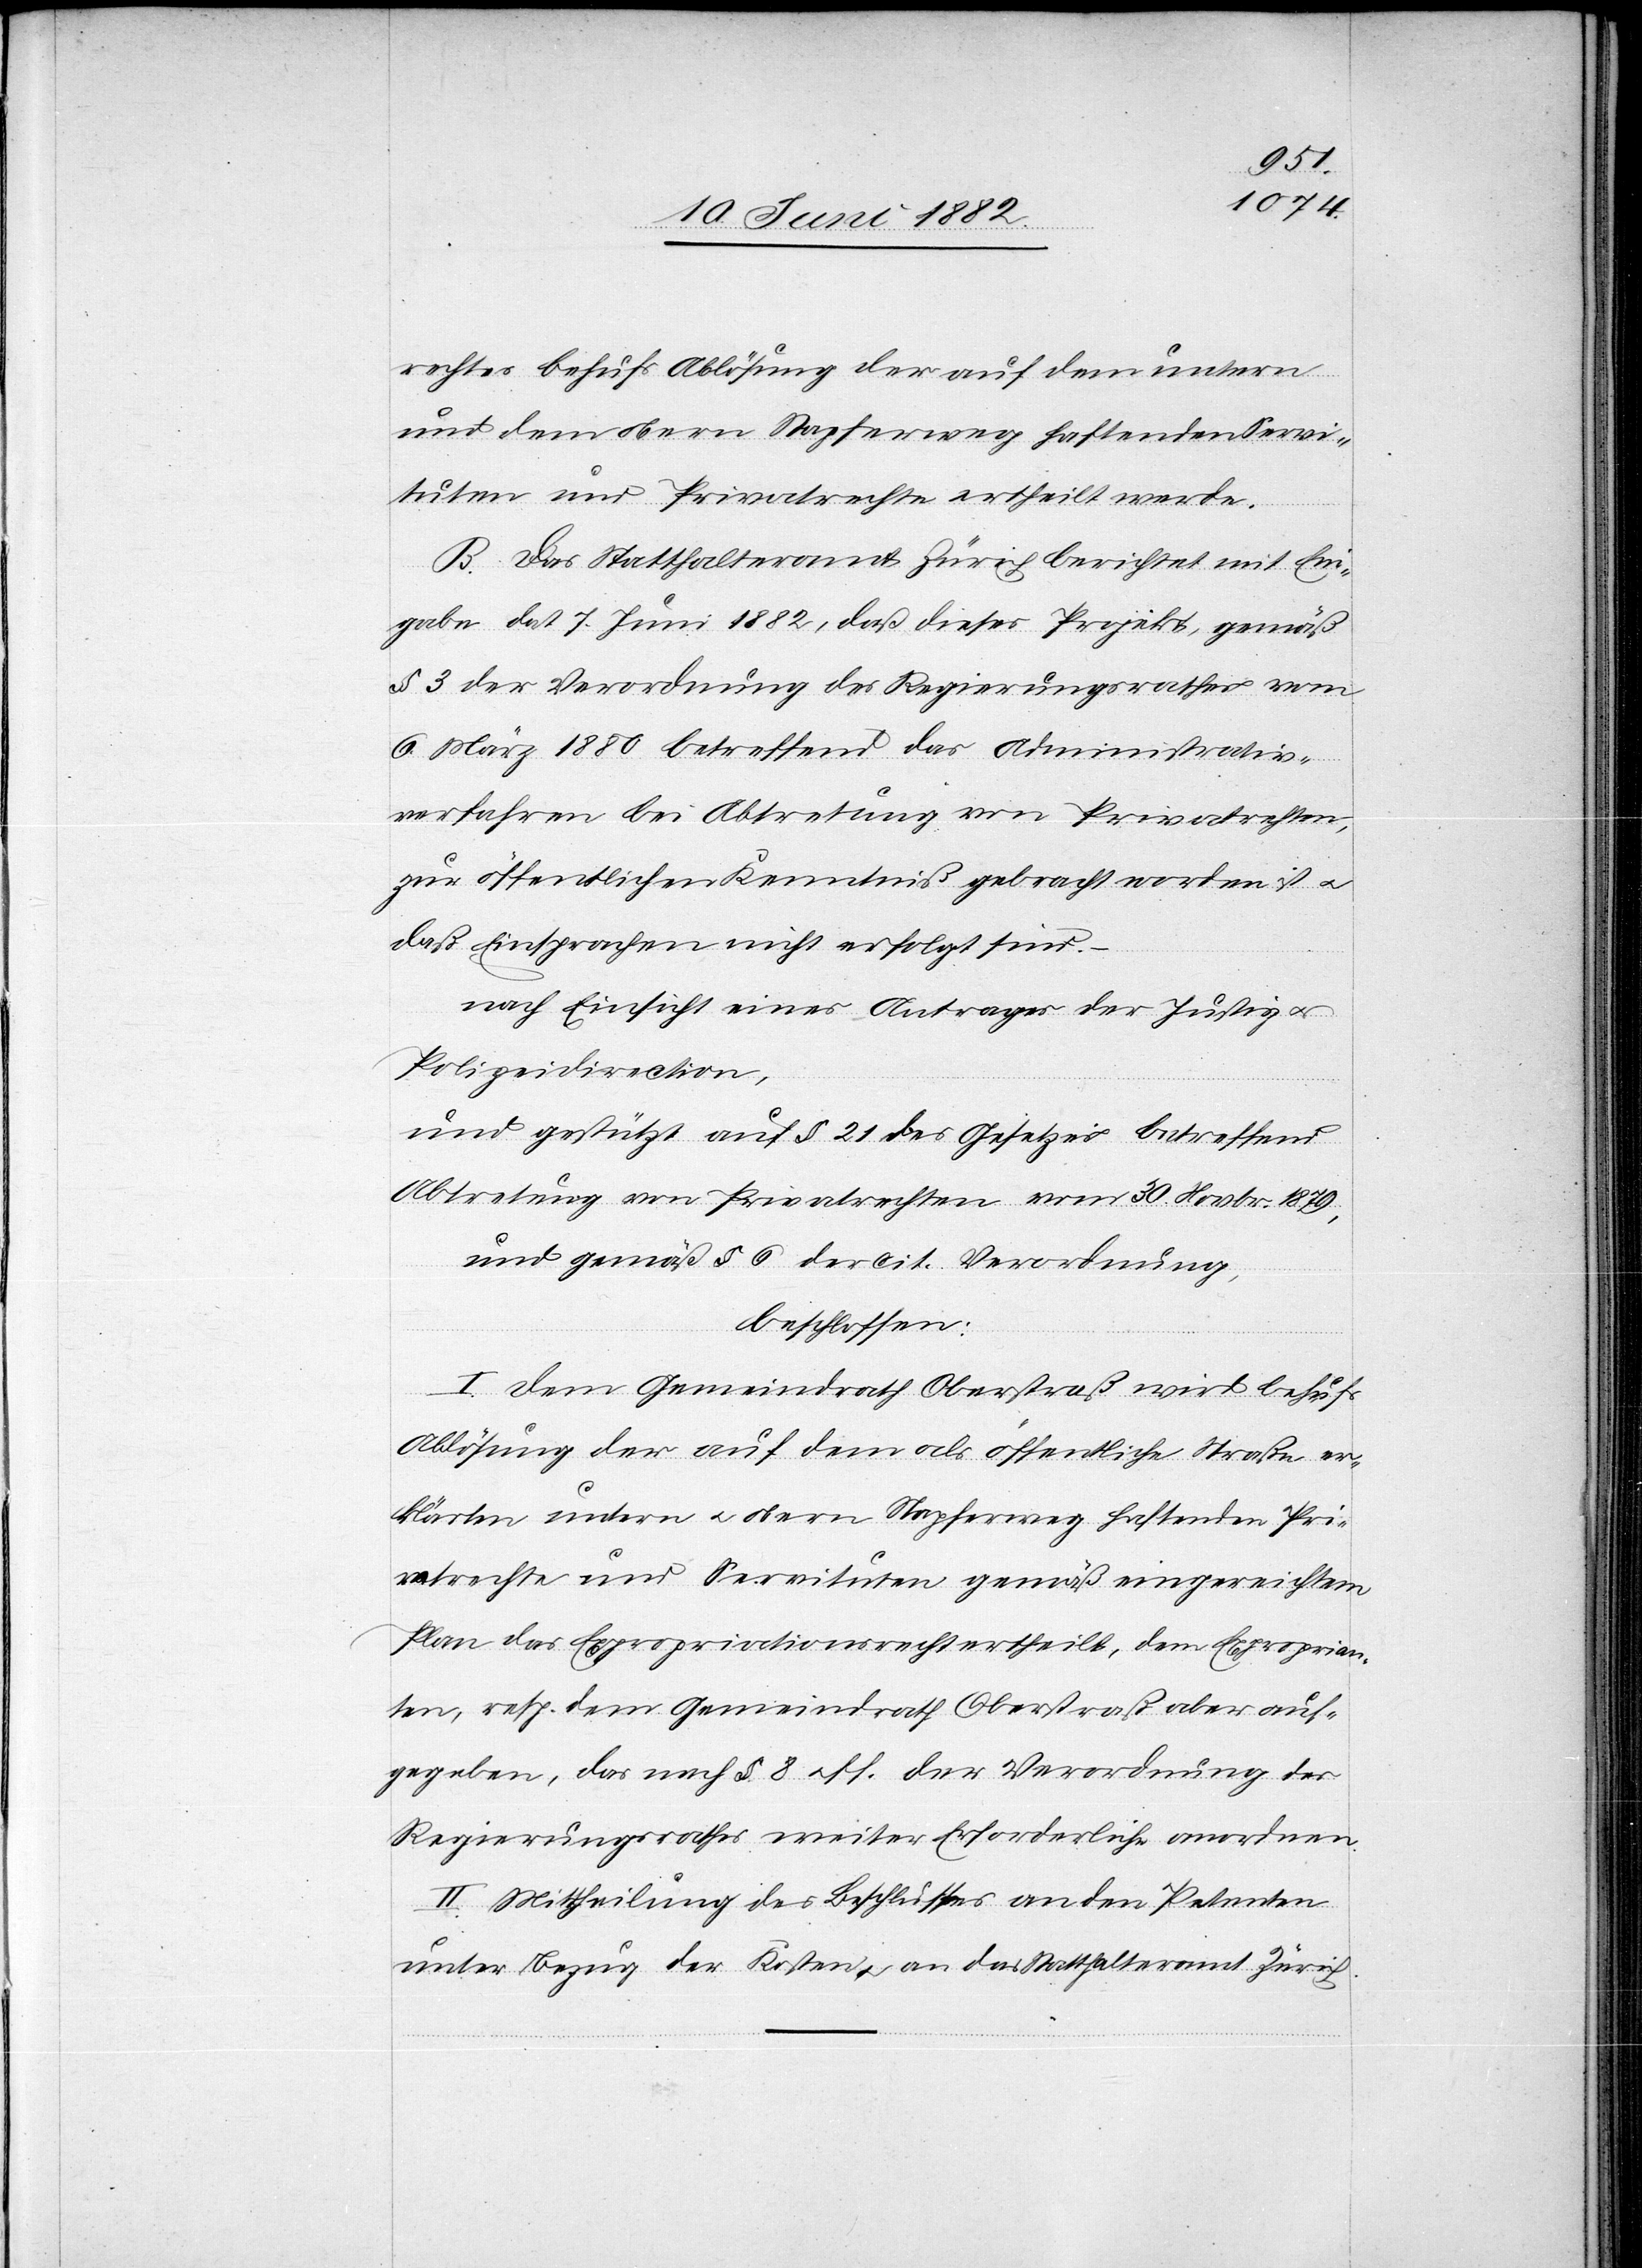
rechtes behufs Ablösung der auf dem untern
und dem obern Stapferweg haftenden Servi¬
tuten und Privatrechte ertheilt werde.
B. Das Statthalteramt Zürich berichtet mit Ein¬
gabe dat. 7. Juni 1882, daß dieses Projekt, gemäß
§ 3 der Verordnung des Regierungsrathes vom
6. März 1880 betreffend das Administrativ¬
verfahren bei Abtretung von Privatrechten,
zur öffentlichen Kenntniß gebracht worden ist u.
daß Einsprachen nicht erfolgt sind.
nach Einsicht eines Antrages der Justiz[-] u.
Polizeidirection,
und gestützt auf § 21 des Gesetzes betreffend
Abtretung von Privatrechten vom 30. Novbr. 1879,
und gemäß § 6 der cit. Verordnung,
beschlossen:
I. Dem Gemeindrath Oberstraß wird behufs
Ablösung der auf dem als öffentliche Straße er¬
klärten untern u. obern Stapferweg haftenden Pri¬
vatrechte und Servituten gemäß eingereichtem
Plan das Expropriationsrecht ertheilt, dem Exproprian¬
ten, resp. dem Gemeindrath Oberstraß aber auf¬
gegeben, das nach § 8 u. ff. der Verordnung des
Regierungsrathes weiter Erforderliche an[zu]ordnen.
II. Mittheilung des Beschlusses an den Petenten
unter Bezug der Kosten u. an das Statthalteramt Zürich.